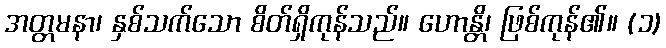
အတ္တမနာ၊ နှစ်သက်သော စိတ်ရှိကုန်သည်။ ဟောန္တိ၊ ဖြစ်ကုန်၏။ (၁)